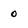
Character: 0